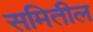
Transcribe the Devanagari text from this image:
समितील